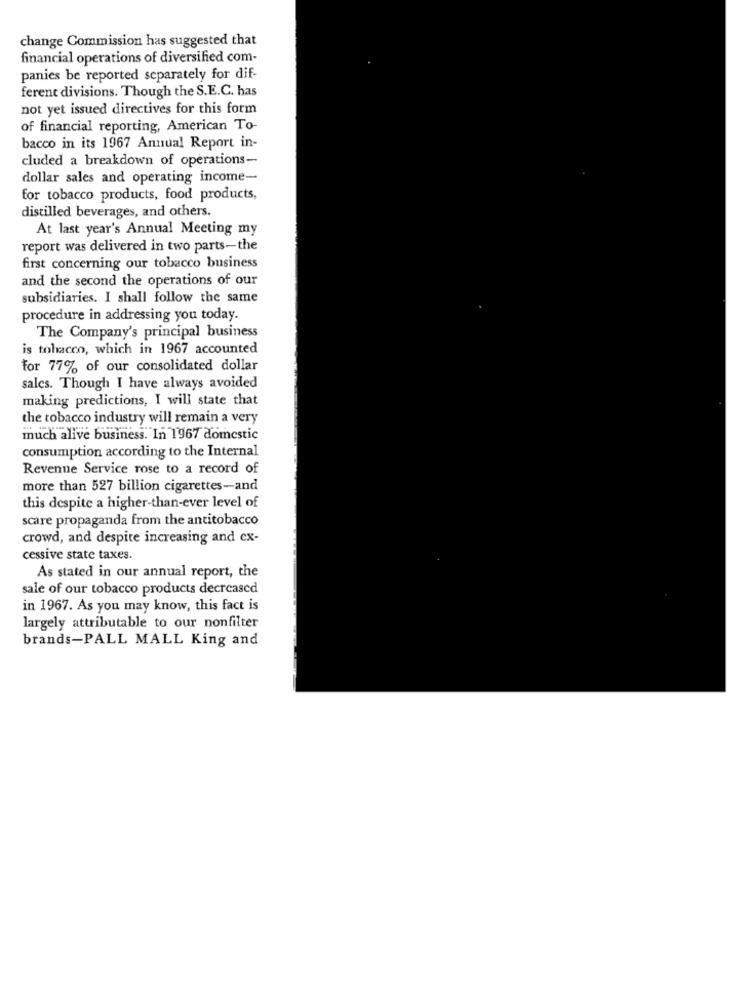
change Commission has suggested that
financial operations of diversified com-
panies be reported separately for dif-
ferent divisions. Though the S.E.C. has
not yet issued directives for this form
of financial reporting, American To-
bacco in its 1967 Annual Report in-
cluded a breakdown of operations-
dollar sales and operating income-
for tobacco products, food products,
distilled beverages, and others.
At last year's Annual Meeting my
report was delivered in two parts-the
first concerning our tobacco business
and the second the operations of our
subsidiaries. I shall follow the same
procedure in addressing you today.
The Company's principal business
is tobacco, which in 1967 accounted
for 77% of our consolidated dollar
sales. Though I have always avoided
making predictions, I will state that
the tobacco industry will remain a very
much alive business. In 1967 domestic
consumption according to the Internal
Revenue Service rose to a record of
more than 527 billion cigarettes-and
this despite a higher-than-ever level of
scare propaganda from the antitobacco
crowd, and despite increasing and ex-
cessive state taxes.
As stated in our annual report, the
sale of our tobacco products decreased
in 1967. As you may know, this fact is
largely attributable to our nonfilter
brands-PALL MALL King and